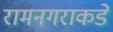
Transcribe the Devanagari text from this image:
रामनगराकडे